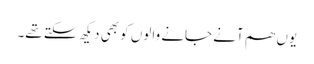
یوں ھم آنے جانے والوں کو بھی دیکھ سکتے تھے۔